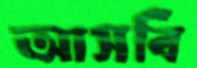
আসবি